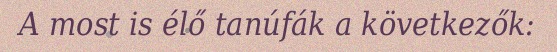
A most is élő tanúfák a következők: